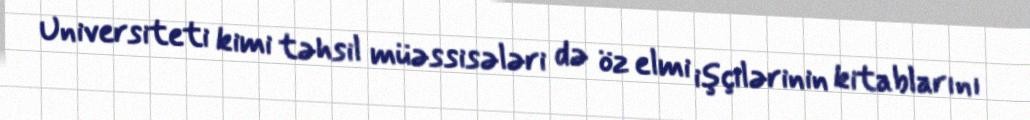
Universiteti kimi təhsil müəssisələri də öz elmi işçilərinin kitablarını